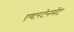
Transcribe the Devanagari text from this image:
एण्टरटेनमेंट